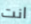
انت